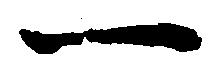
一